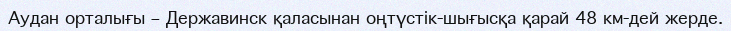
Аудан орталығы – Державинск қаласынан оңтүстік-шығысқа қарай 48 км-дей жерде.